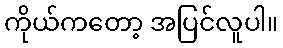
ကိုယ်ကတော့ အပြင်လူပါ။